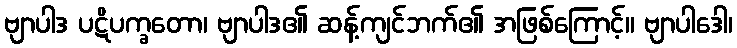
ဗျာပါဒ ပဋိပက္ခတော၊ ဗျာပါဒ၏ ဆန့်ကျင်ဘက်၏ အဖြစ်ကြောင့်။ ဗျာပါဒေါ၊